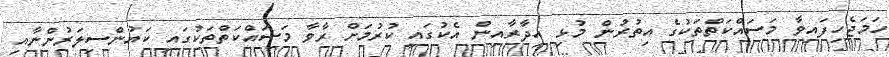
ހަމަޖެހިފައިވާ މަސައްކަތްތަކުގެ އިތުރުން މުޅި އިދާރާއިން އެކުގައި ކުރުމަށް ރާވާ މަސައްކަތްތަކުގައި ކައުންސިލަރުންނާއި